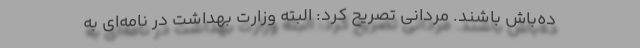
ده‌باش باشند. مردانی تصریح کرد: البته وزارت بهداشت در نامه‌ای به